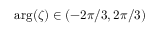
\arg ( \zeta ) \in ( - 2 \pi / 3 , 2 \pi / 3 )